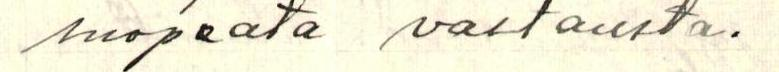
suopeata vastausta.